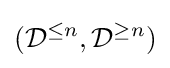
({\mathcal {D}}^{\leq n},{\mathcal {D}}^{\geq n})